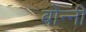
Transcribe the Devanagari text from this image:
बोन्‍नी